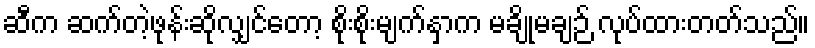
ဆီက ဆက်တဲ့ဖုန်းဆိုလျှင်တော့ စိုးစိုးမျက်နှာက မချိုမချဉ် လုပ်ထားတတ်သည်။